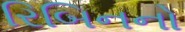
રિબિનનો